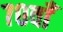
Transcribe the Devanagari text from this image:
७०वाँ